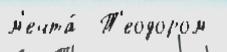
м'ечта́  Т'еодором